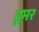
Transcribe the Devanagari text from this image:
डूमर